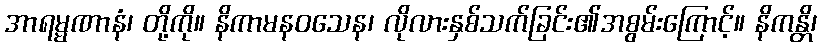
အာရမ္မဏာနံ၊ တို့ကို။ နိကာမနဝသေန၊ လိုလားနှစ်သက်ခြင်း၏အစွမ်းကြောင့်။ နိကန္တိ၊